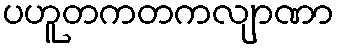
ပဟူတကတကလျာဏာ